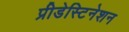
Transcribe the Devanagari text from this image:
प्रीडेस्टिनेशन